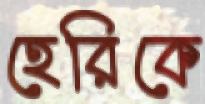
হেরিকে